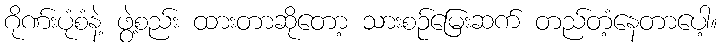
ဂိုဏ်းပုံစံနဲ့ ဖွဲ့စည်း ထားတာဆိုတော့ သားစဉ်မြေးဆက် တည်တံ့နေတာပေါ့။